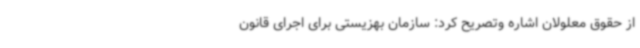
از حقوق معلولان اشاره وتصریح کرد: سازمان بهزیستی برای اجرای قانون